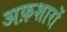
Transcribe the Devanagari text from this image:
अफ़शारों